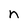
Character: n